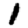
Digit: 1